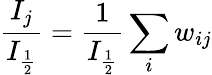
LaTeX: \frac{I_{j}}{I_{\frac{1}{2}}}=\frac{1}{I_{\frac{1}{2}}}\sum_{i}w_{ij}